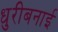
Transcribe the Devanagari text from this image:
धुरीबनाई